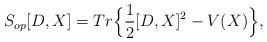
LaTeX: \begin{align*}S_{op}[D,X]=Tr \Big\{ \frac{1}{2}[D,X]^2 - V(X) \Big\},\end{align*}